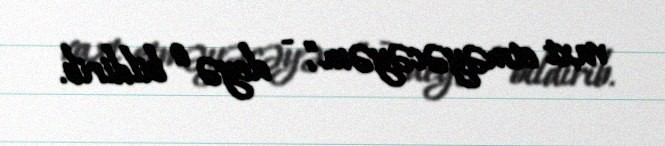
vaxt etməyəcəyəm", - deyə o bildirib.